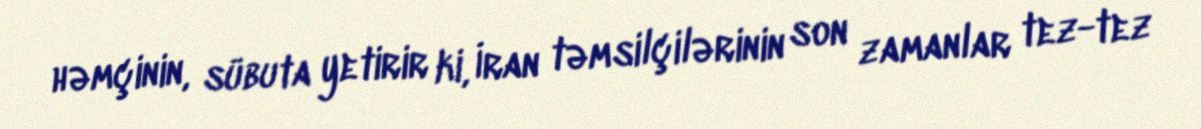
həmçinin, sübuta yetirir ki, İran təmsilçilərinin son zamanlar tez-tez